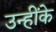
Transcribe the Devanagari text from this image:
उन्हींके